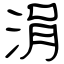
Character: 涓